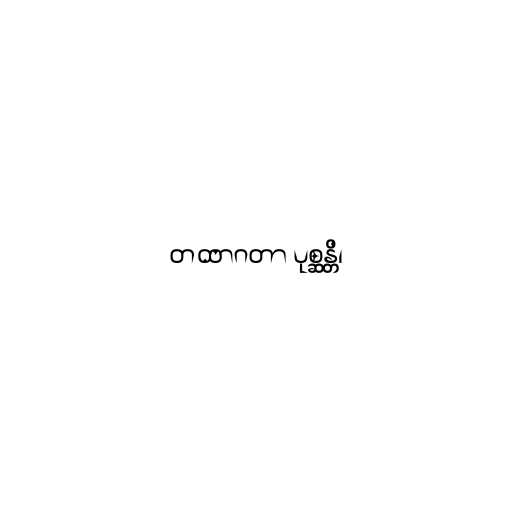
တထာဂတာ ပုစ္ဆန္တိ၊